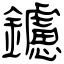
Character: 鑢